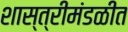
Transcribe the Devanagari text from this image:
शास्त्रीमंडळीत